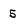
Character: 5